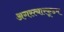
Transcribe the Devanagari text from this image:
अगस्त्यारकूडम